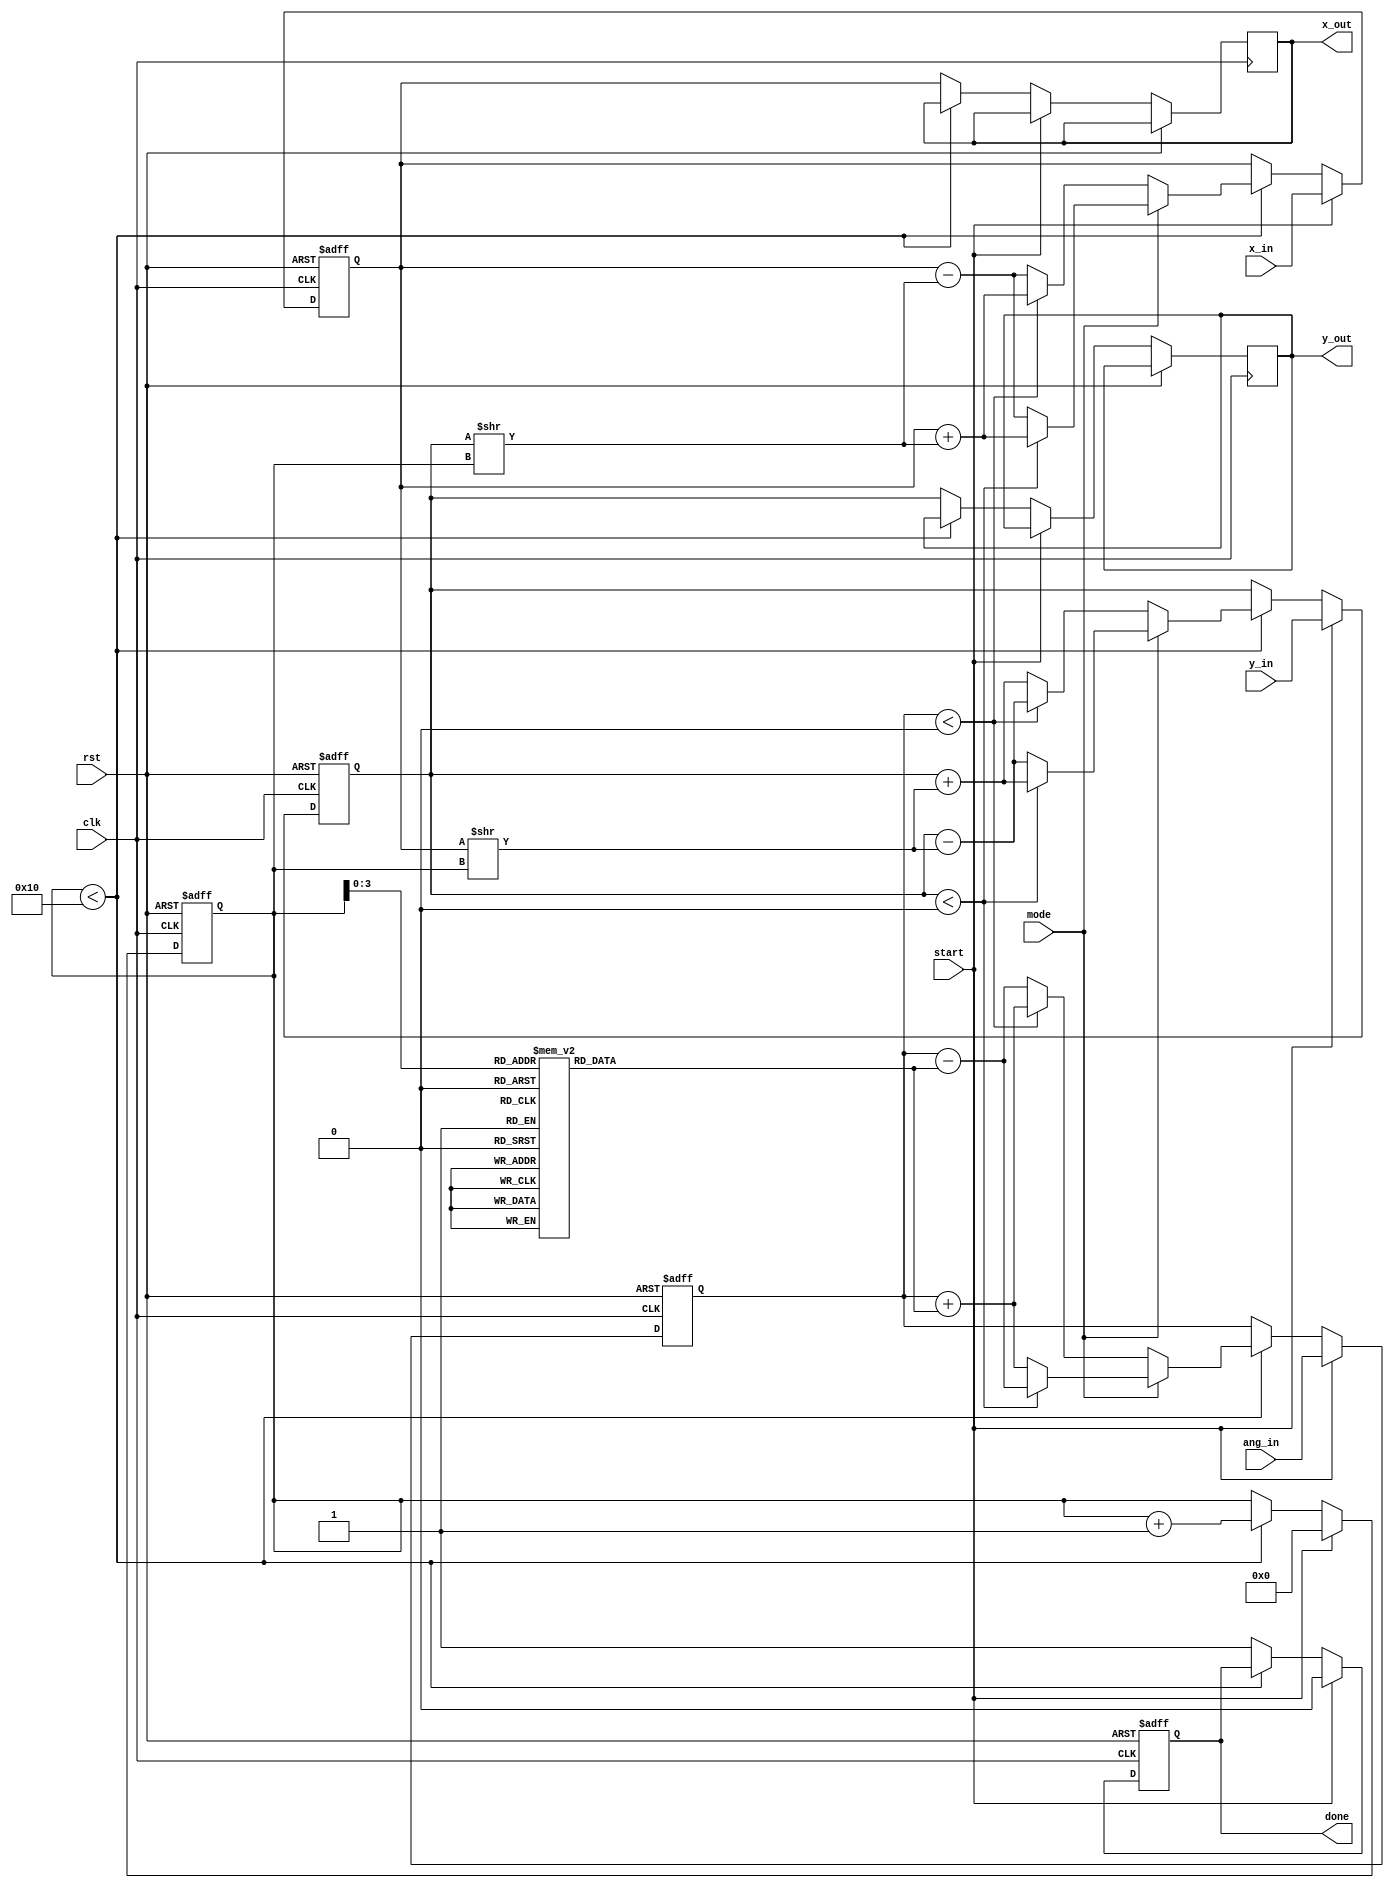
module cordic #(
    parameter WIDTH = 16,              // Data width
    parameter ITERATIONS = 16          // Number of CORDIC iterations
)
(
    input wire clk,
    input wire rst,
    input wire [WIDTH-1:0] x_in,      // Input X coordinate
    input wire [WIDTH-1:0] y_in,      // Input Y coordinate
    input wire [WIDTH-1:0] ang_in,     // Input angle (rad or deg)
    input wire mode,                   // 0: rotation, 1: vectoring
    input wire start,
    output reg [WIDTH-1:0] x_out,     // Output X coordinate
    output reg [WIDTH-1:0] y_out,     // Output Y coordinate
    output reg done
);

    // CORDIC arctan lookup table for angles
    reg [WIDTH-1:0] atan_table [0:ITERATIONS-1];

    // Internal registers for coordinates
    reg [WIDTH-1:0] x_reg, y_reg, z_reg;
    reg [4:0] iteration;
    wire [WIDTH-1:0] x_shift, y_shift;

    // Initialize atan_table (angles in fixed point representation)
    initial begin
        atan_table[0] = 16'h2000; // atan(2^-0)
        atan_table[1] = 16'h1D7B; // atan(2^-1)
        atan_table[2] = 16'h1BA3; // atan(2^-2)
        atan_table[3] = 16'h1780; // atan(2^-3)
        // Add other angles up to ITERATIONS-1
        // ...
    end

    // CORDIC iteration logic
    always @(posedge clk or posedge rst) begin
        if (rst) begin
            iteration <= 0;
            x_reg <= 0;
            y_reg <= 0;
            z_reg <= 0;
            done <= 0;
        end else if (start) begin
            x_reg <= x_in;
            y_reg <= y_in;
            z_reg <= ang_in;
            iteration <= 0;
            done <= 0;
        end else if (iteration < ITERATIONS) begin
            // CORDIC computations for rotation/vectoring
            if (mode == 1'b0) begin // Rotation mode
                if (z_reg < 0) begin
                    x_reg <= x_reg + (y_reg >> iteration);
                    y_reg <= y_reg - (x_reg >> iteration);
                    z_reg <= z_reg + atan_table[iteration];
                end else begin
                    x_reg <= x_reg - (y_reg >> iteration);
                    y_reg <= y_reg + (x_reg >> iteration);
                    z_reg <= z_reg - atan_table[iteration];
                end
            end else begin // Vectoring mode
                if (y_reg < 0) begin
                    x_reg <= x_reg + (y_reg >> iteration);
                    y_reg <= y_reg + (x_reg >> iteration);
                    z_reg <= z_reg - atan_table[iteration];
                end else begin
                    x_reg <= x_reg - (y_reg >> iteration);
                    y_reg <= y_reg - (x_reg >> iteration);
                    z_reg <= z_reg + atan_table[iteration];
                end
            end
            
            iteration <= iteration + 1;
        end else begin
            x_out <= x_reg;
            y_out <= y_reg;
            done <= 1;
        end
    end

endmodule